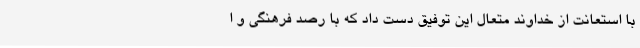
با استعانت از خداوند متعال این توفیق دست داد که با رصد فرهنگی و ا